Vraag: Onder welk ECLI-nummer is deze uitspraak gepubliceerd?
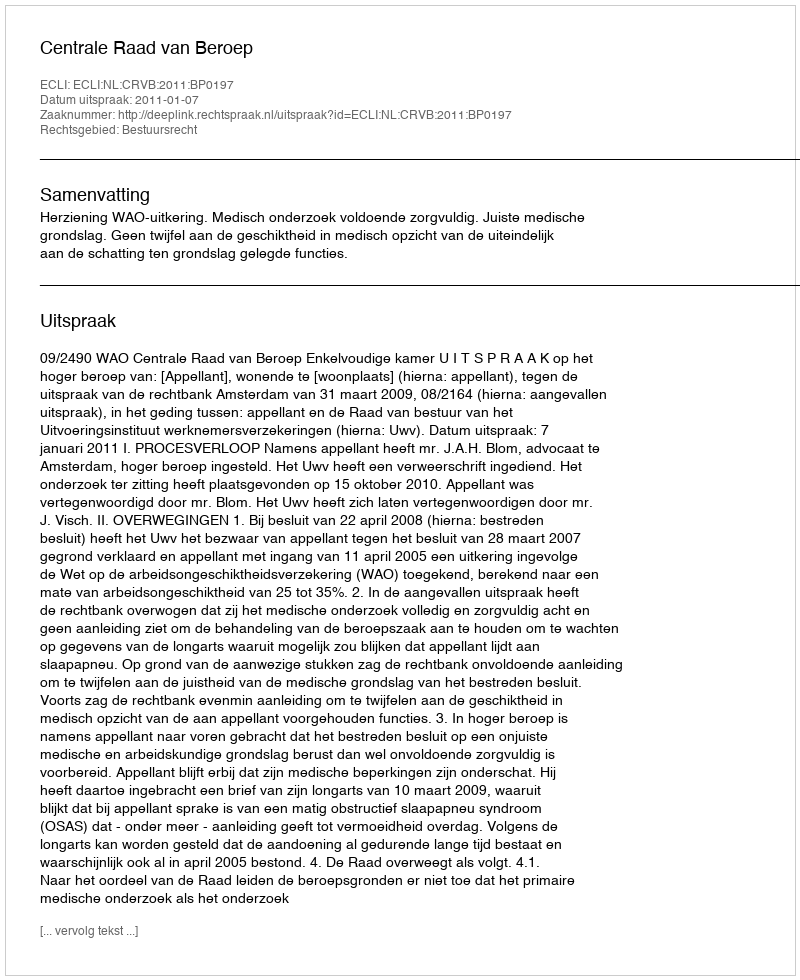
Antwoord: ECLI:NL:CRVB:2011:BP0197